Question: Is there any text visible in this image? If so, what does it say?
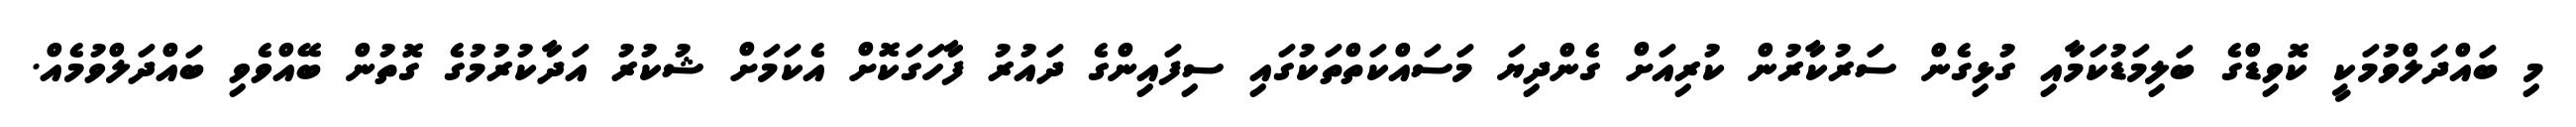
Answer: މި ބައްދަލްވުމަކީ ކޮވިޑްގެ ބަލިމަޑުކަމާއި ގުޅިގެން ސަރުކާރުން ކުރިއަށް ގެންދިޔަ މަސައްކަތްތަކުގައި ސިފައިންގެ ދައުރު ފާހަގަކޮށް އެކަމަށް ޝުކުރު އަދާކުރުމުގެ ގޮތުން ބޭއްވެވި ބައްދަލްވުމެއް.